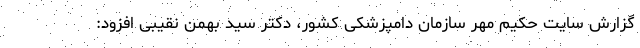
گزارش سایت حکیم مهر سازمان دامپزشکی کشور، دکتر سید بهمن نقیبی افزود: